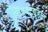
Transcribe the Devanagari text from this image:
चित्रपटग्रुहात